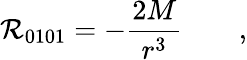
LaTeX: \mathcal{R}_{0101}=-\frac{{2M}}{{r^{3}}}\qquad,